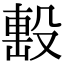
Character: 𣪠